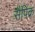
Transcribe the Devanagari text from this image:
सैपिक